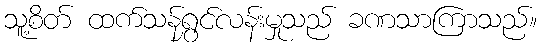
သူ့စိတ် ထက်သန်ရွှင်လန်းမှုသည် ခဏသာကြာသည်။